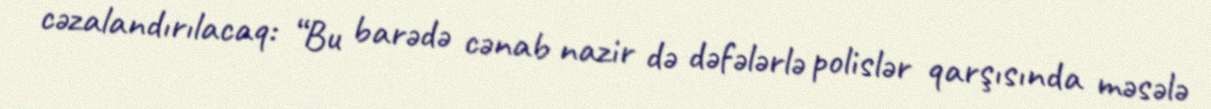
cəzalandırılacaq: “Bu barədə cənab nazir də dəfələrlə polislər qarşısında məsələ